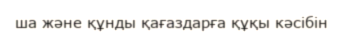
ша және құнды қағаздарға құқы кәсібін